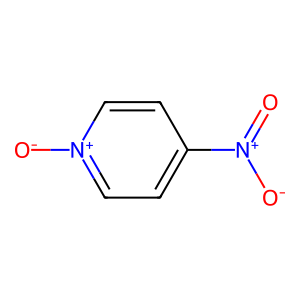
SMILES: O=[N+]([O-])c1cc[n+]([O-])cc1
Inhibits HIV replication: No